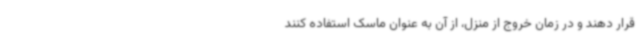
قرار دهند و در زمان خروج از منزل، از آن به عنوان ماسک استفاده کنند